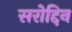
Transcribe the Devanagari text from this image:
सरोद्दिन